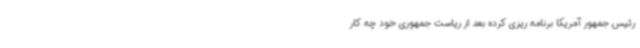
رئیس جمهور آمریکا برنامه ریزی کرده بعد از ریاست جمهوری خود چه کار